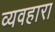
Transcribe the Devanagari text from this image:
व्यवहारा